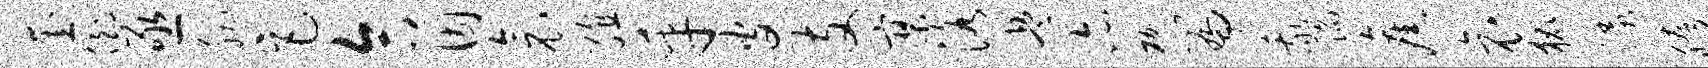
奎倒亟胭巨合因衾殖乎皮支寥洛兵亦枷篇我陷旧哀狐漾胯